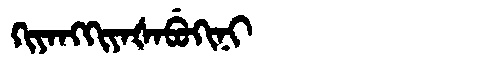
Manchu: ᡴᡳᠶᠠᠩᡴᡳᠶᠠᡧᠠᠪᡠᡴᡳᠨᡳ
Romanization: KIYANGKIYAŠABUKINI